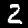
Label: 2